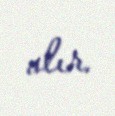
alır.